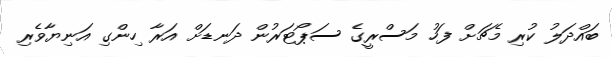
ބައްދަލު ކުރި މެޗަށް ފަހު މަސްރީގެ ސަޕޯޓަރުން ދަނޑަށް އަރާ ހިންގި އަނިޔާވެރި